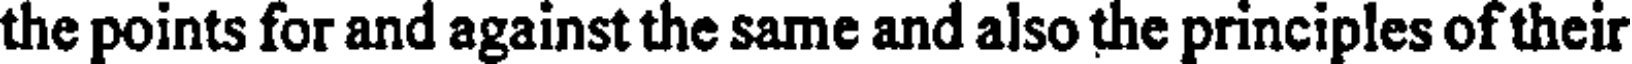
the points for and against the same and also the principles of their